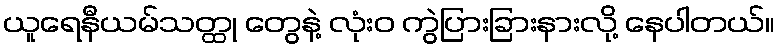
ယူရေနီယမ်သတ္ထု တွေနဲ့ လုံးဝ ကွဲပြားခြားနားလို့ နေပါတယ်။